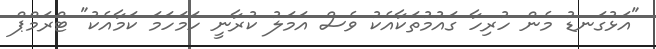
"އަޅުގަނޑު މެން ހުރިހާ ގައުމުތަކާއެކު ވެސް އަމަލު ކުރާނީ ހަމަހަމަ ކަމާއެކު" ޓްރަމްޕް